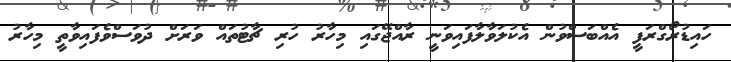
ހައިޑުރޯގްރަފީ އެއްބަސްވުން އެކުލަވާލާފައިވަނީ ރާއްޖޭގައި މިހާރު ހުރި ޗާޓުތައް ވަރަށް ދުވަސްވެފައިވާތީ މިހާރު